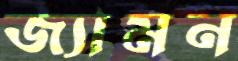
জ্যামন